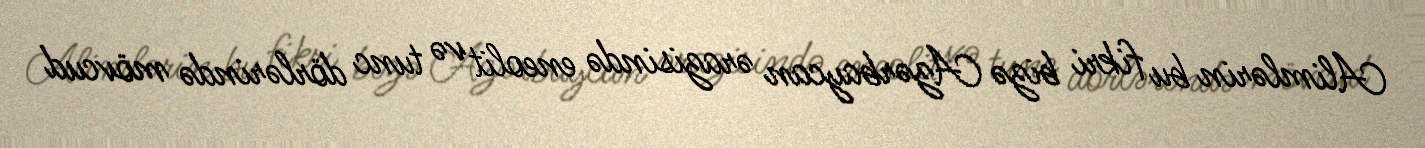
Alimlərin bu fikri bizə Azərbaycan ərazisində eneolit və tunc dörlərində mövcud